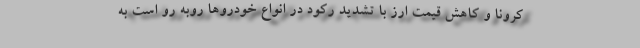
کرونا و کاهش قیمت ارز با تشدید رکود در انواع خودروها روبه رو است به